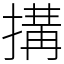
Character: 搆